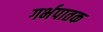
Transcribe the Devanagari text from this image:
गर्भपातक